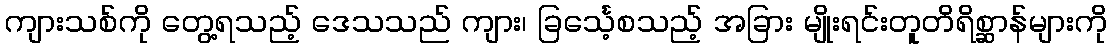
ကျားသစ်ကို တွေ့ရသည့် ဒေသသည် ကျား၊ ခြင်္သေ့စသည့် အခြား မျိုးရင်းတူတိရိစ္ဆာန်များကို